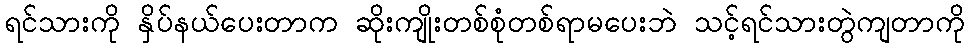
ရင်သားကို နှိပ်နယ်ပေးတာက ဆိုးကျိုးတစ်စုံတစ်ရာမပေးဘဲ သင့်ရင်သားတွဲကျတာကို